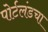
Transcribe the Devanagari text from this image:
पोर्टलंडचा